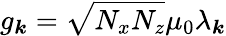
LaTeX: g_{\boldsymbol k}=\sqrt{N_{x}N_{z}}\mu_{0}\lambda_{\boldsymbol k}